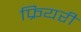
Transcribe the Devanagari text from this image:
फ्रियरी